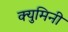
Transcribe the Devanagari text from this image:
क्युमिनी